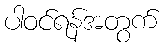
ပါဝင်ရန်အတွက်